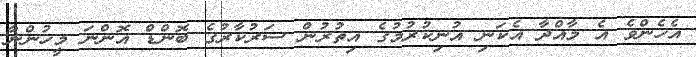
އެހެންވެ އެ މާއްދާ އެކަނި އުނިކުރުމުގެ އިތުރުން ސަރުކާރުގެ ބޮންޑް އޮންނަ މީހުންނާ